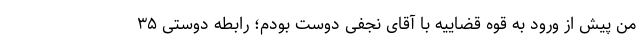
من پیش از ورود به قوه قضاییه با آقای نجفی دوست بودم؛ رابطه دوستی ۳۵